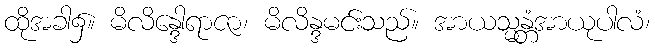
ထိုအခါ၌။ မိလိန္ဒေါရာဇာ၊ မိလိန္ဒမင်းသည်။ အာယသ္မန္တံအာယုပါလံ၊